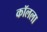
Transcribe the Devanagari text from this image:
कॉलला